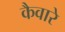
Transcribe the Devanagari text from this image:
कैवारे